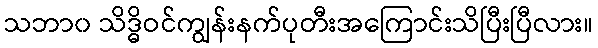
သဘာ၀ သိဒ္ဓိဝင်ကျွန်းနက်ပုတီးအကြောင်းသိပြီးပြီလား။